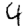
Digit: 4